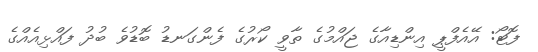
ފޮޓޯ: އޭއެފްޕީ އިންޑިއާގެ ޖައްމުގެ ތާވީ ކޯރުގެ ފެންގަނޑު ބޮޑުވެ ބުދު ފައްޅިއެއްގެ